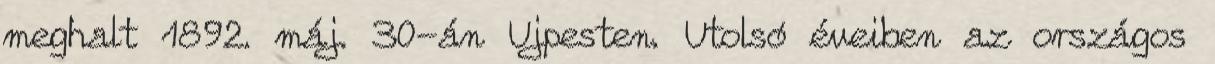
meghalt 1892. máj. 30-án Ujpesten. Utolsó éveiben az országos